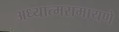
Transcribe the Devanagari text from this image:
अध्यात्मरामायणे